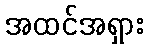
အထင်အရှား